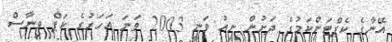
އޭނާގެ ކެޕްޓަންކަމުގެ ދަށުން ނިއު ވަނީ 2003 ވަނަ އަހަރުގެ ކަޕް ވިނާސް